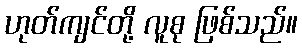
ဟုတ်ကျင်တို့ လူစု ဖြစ်သည်။